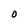
Character: 0